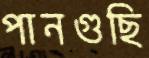
পানগুছি